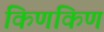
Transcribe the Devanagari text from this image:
किणकिण